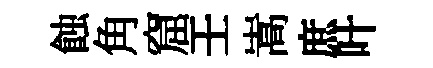
蝕角窟壬嵩庶叶